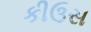
કીઉસ